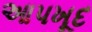
આપખૂદ